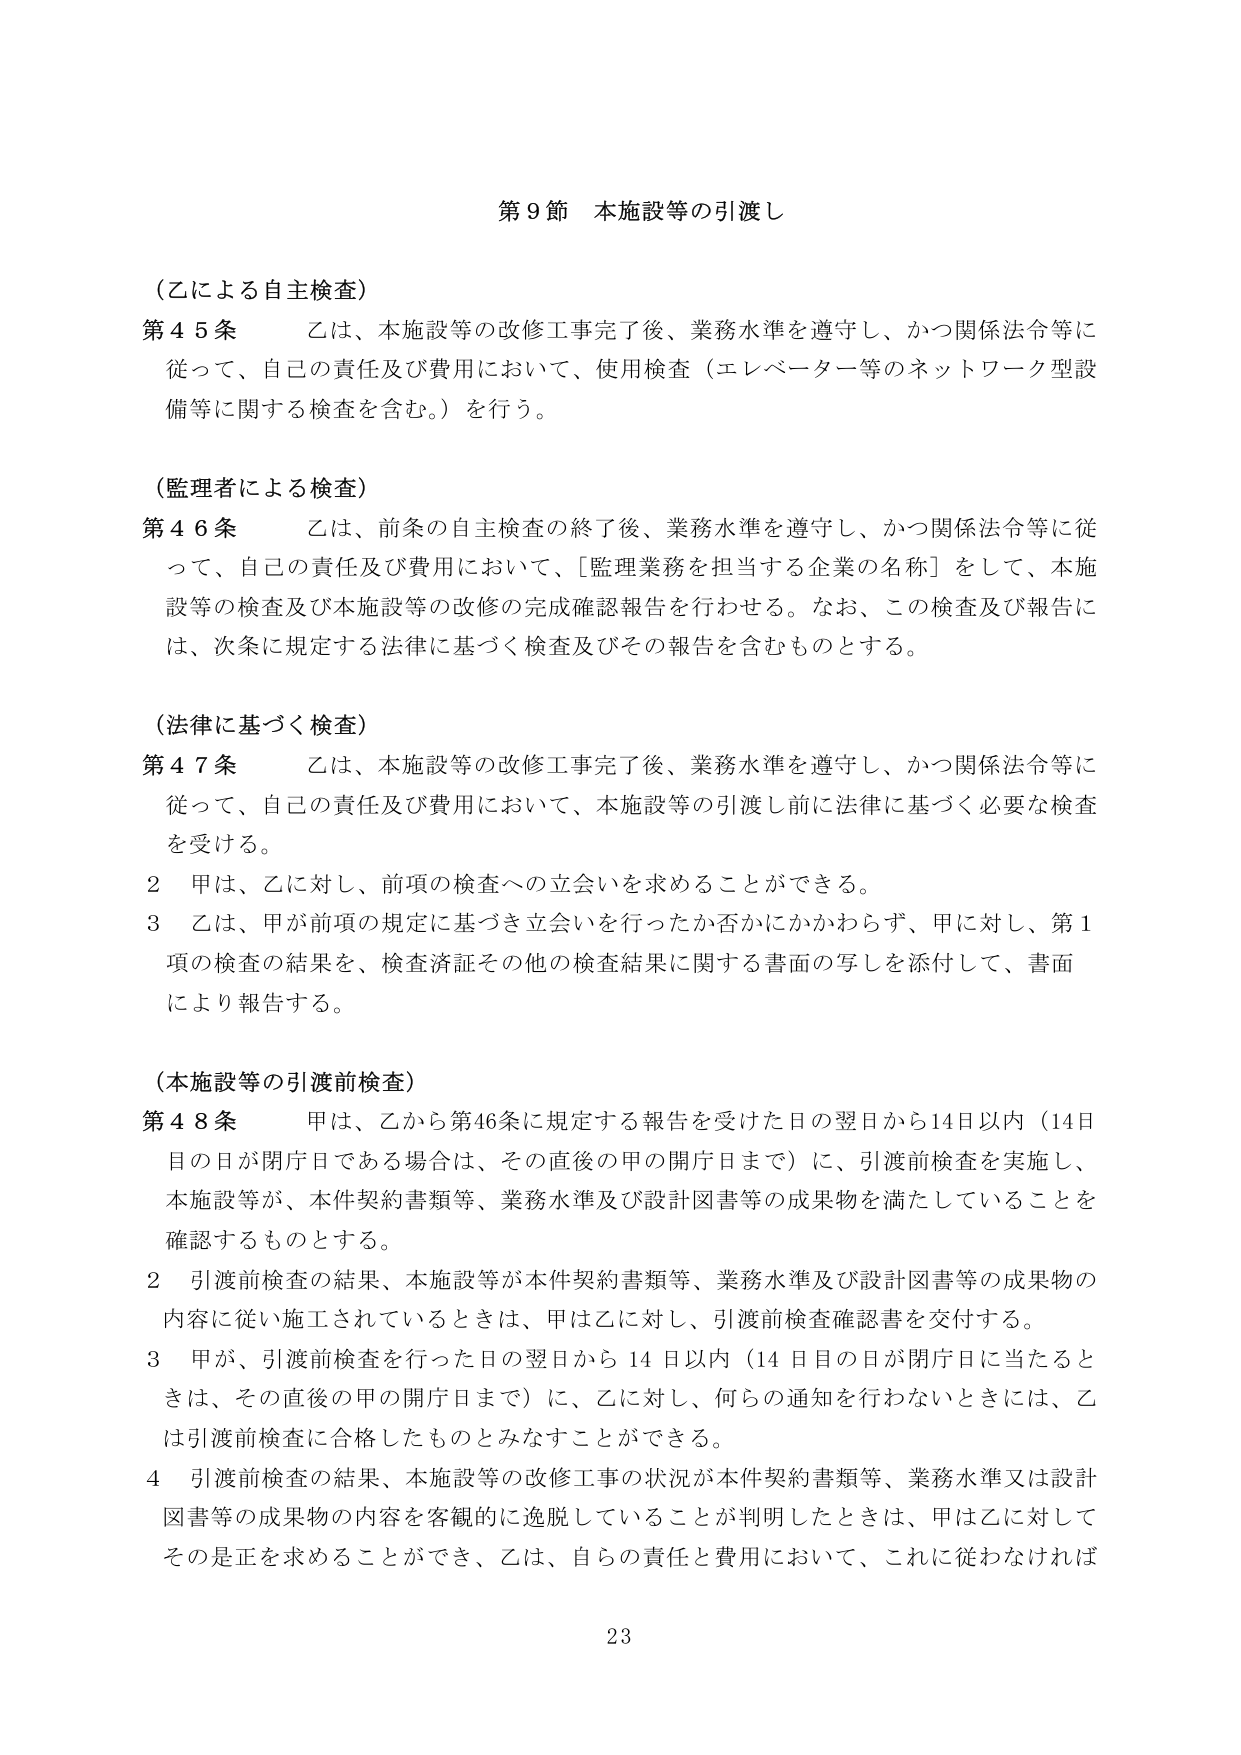
第９節 本施設等の引渡し

（乙による自主検査）
第４５条 乙は、本施設等の改修工事完了後、業務水準を遵守し、かつ関係法令等に
従って、自己の責任及び費用において、使用検査（エレベーター等のネットワーク型設
備等に関する検査を含む。）を行う。

（監理者による検査）
第４６条 乙は、前条の自主検査の終了後、業務水準を遵守し、かつ関係法令等に従
って、自己の責任及び費用において、「監理業務を担当する企業の名称」をして、本施
設等の検査及び本施設等の改修の完成確認報告を行わせる。なお、この検査及び報告に
は、次条に規定する法律に基づく検査及びその報告を含むものとする。

（法律に基づく検査）
第４７条 乙は、本施設等の改修工事完了後、業務水準を遵守し、かつ関係法令等に
従って、自己の責任及び費用において、本施設等の引渡し前に法律に基づく必要な検査
を受ける。
２ 甲は、乙に対し、前項の検査への立会いを求めることができる。
３ 乙は、甲が前項の規定に基づき立会いを行ったか否かにかかわらず、甲に対し、第１
項の検査の結果を、検査済証その他の検査結果に関する書面の写しを添付して、書面
により報告する。

（本施設等の引渡前検査）
第４８条 甲は、乙から第46条に規定する報告を受けた日の翌日から14日以内（14日
目の日が閉庁日である場合は、その直後の甲の開庁日まで）に、引渡前検査を実施し、
本施設等が、本件契約書類等、業務水準及び設計図書等の成果物を満たしていることを
確認するものとする。
２ 引渡前検査の結果、本施設等が本件契約書類等、業務水準及び設計図書等の成果物の
内容に従い施工されているときは、甲は乙に対し、引渡前検査確認書を交付する。
３ 甲が、引渡前検査を行った日の翌日から 14 日以内（14 日目の日が閉庁日に当たると
きは、その直後の甲の開庁日まで）に、乙に対し、何らの通知を行わないときは、乙
は引渡前検査に合格したものとみなすことができる。
４ 引渡前検査の結果、本施設等の改修工事の状況が本件契約書類等、業務水準又は設計
図書等の成果物の内容を客観的に逸脱していることが判明したときは、甲は乙に対して
その是正を求めることができ、乙は、自らの責任と費用において、これに従わなければ

23